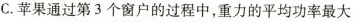
C.苹果通过第3个窗户的过程中，重力的平均功率最大